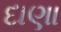
દાણા